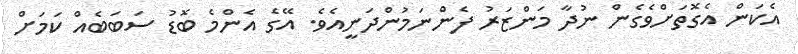
އެކަން އެގޮތަށްވެގެން ނުދާ މަންޒަރު ފެންނަމުންދަނީއެވެ. އޭގެ އެންމެ ބޮޑު ސަބަބެއް ކަމަށް